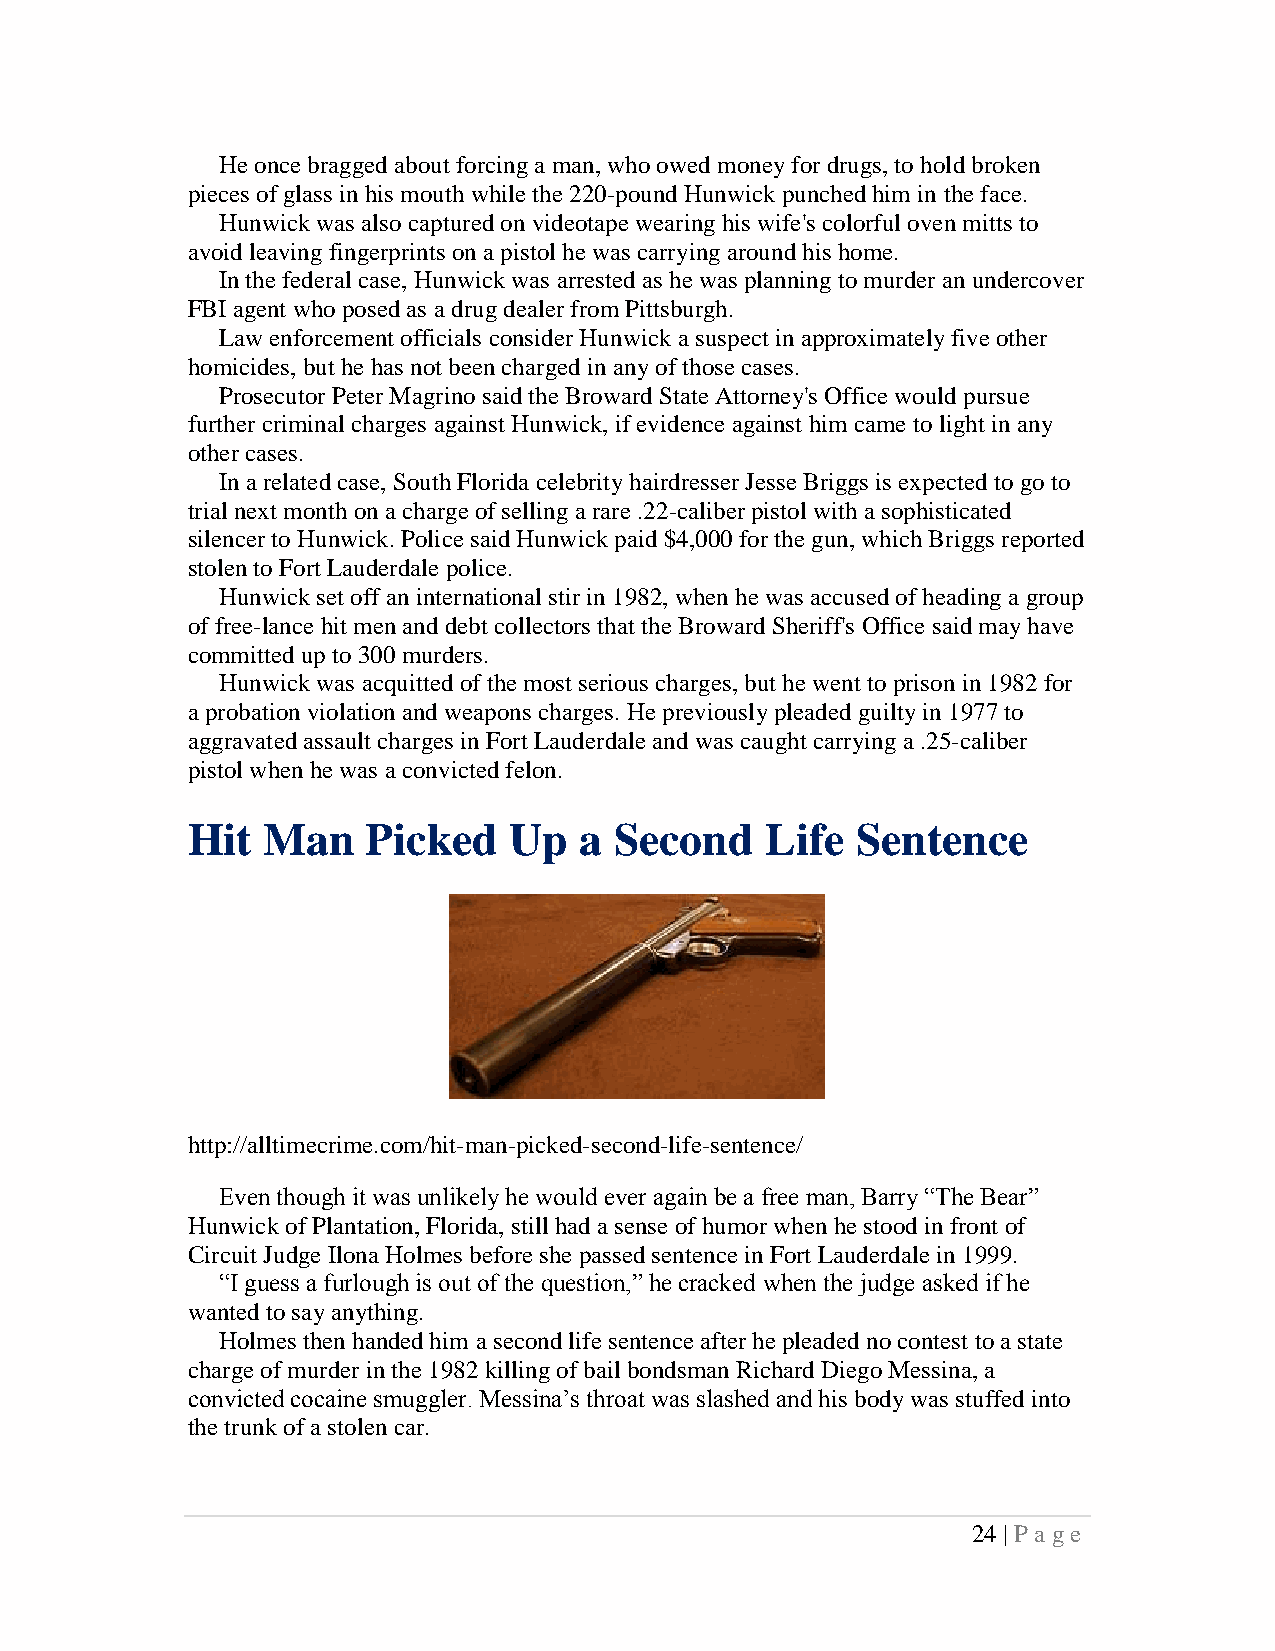
He once bragged about forcing a man, who owed money for drugs, to hold broken
 pieces of glass in his mouth while the 220-pound Hunwick punched him in the face.
 Hunwick was also captured on videotape wearing his wife's colorful oven mitts to
 avoid leaving fingerprints on a pistol he was carrying around his home.
 In the federal case, Hunwick was arrested as he was planning to murder an undercover
 FBI agent who posed as a drug dealer from Pittsburgh.
 Law enforcement officials consider Hunwick a suspect in approximately five other
 homicides, but he has not been charged in any of those cases.
 Prosecutor Peter Magrino said the Broward State Attorney's Office would pursue
 further criminal charges against Hunwick, if evidence against him came to light in any
 other cases.
 In a related case, South Florida celebrity hairdresser Jesse Briggs is expected to go to
 trial next month on a charge of selling a rare .22-caliber pistol with a sophisticated
 silencer to Hunwick. Police said Hunwick paid $4,000 for the gun, which Briggs reported
 stolen to Fort Lauderdale police.
 Hunwick set off an international stir in 1982, when he was accused of heading a group
 of free-lance hit men and debt collectors that the Broward Sheriff's Office said may have
 committed up to 300 murders.
 Hunwick was acquitted of the most serious charges, but he went to prison in 1982 for
 a probation violation and weapons charges. He previously pleaded guilty in 1977 to
 aggravated assault charges in Fort Lauderdale and was caught carrying a .25-caliber
 pistol when he was a convicted felon.
 Hit  Man    Picked    Up  a  Second    Life  Sentence
 http://alltimecrime.com/hit-man-picked-second-life-sentence/
 Even though it was unlikely he would ever again be a free man, Barry “The Bear”
 Hunwick of Plantation, Florida, still had a sense of humor when he stood in front of
 Circuit Judge Ilona Holmes before she passed sentence in Fort Lauderdale in 1999.
 “I guess a furlough is out of the question,” he cracked when the judge asked if he
 wanted to say anything.
 Holmes then handed him a second life sentence after he pleaded no contest to a state
 charge of murder in the 1982 killing of bail bondsman Richard Diego Messina, a
 convicted cocaine smuggler. Messina’s throat was slashed and his body was stuffed into
 the trunk of a stolen car.
 24 | P a ge